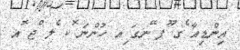
އިންޑިއާ ެގ ޫޕ ޭނގަ ިއ ހުންނަ ޮކ ެލ ްޖ ޮއ